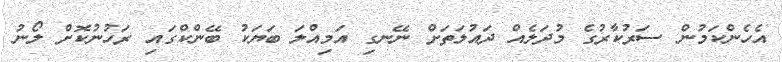
އެހެންކަމުން ސަރުކާރުގެ މުދަލެއް ދައުލަތަށް ނޭނގި އަމިއްލަ ބަޔަކު ބޭންކްގައި ރަހުނުކޮށް ލޯނު